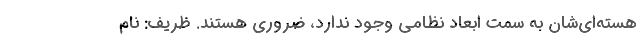
هسته‌ای‌شان به سمت ابعاد نظامی وجود ندارد، ضروری هستند. ظریف: نام